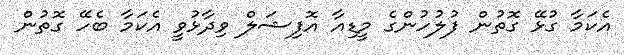
އެކަމާ ގުޅޭ ގޮތުން ފުލުހުންގެ މީޑިއާ އޮފިޝަލް ވިދާޅުވީ އެކަމާ ބެހޭ ގޮތުން